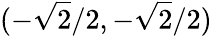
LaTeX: (-{\sqrt{2}}/2,-{\sqrt{2}}/2)